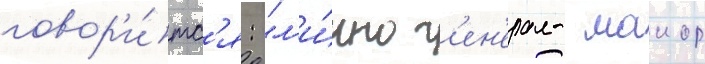
говор'и́тс'я: "л'и́чно г'ен'ерал- маиор